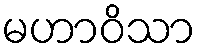
မဟာဝိသာ